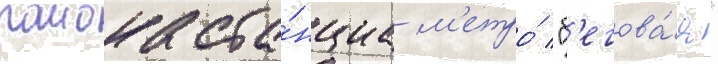
раиона ста́нциа м'етро́ "б'егова́я"